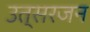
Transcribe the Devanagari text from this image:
उत्सरजन